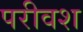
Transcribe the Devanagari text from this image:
परीवश